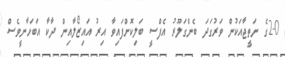
2-0ގެ ނަތީޖާއަކުން ވަރުގަދަ ބެންގަލޫރު އެފްސީ ބަލިކޮށްފައިވާ އިރު އައިޒޯލާއިން ދާކާ އަބަހާނީވެސް